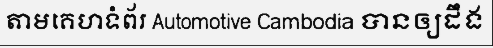
តាមគេហទំព័រ Automotive Cambodia បានឲ្យដឹង